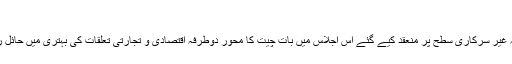
‘‘
یشونت سنہا کا کہنا تھا کہ غیر سرکاری سطح پر منعقد کیے گئے اس اجلاس میں بات چیت کا محور دوطرفہ اقتصادی و تجارتی تعلقات کی بہتری میں حائل رکاوٹوں کو دور کرنا ہے۔